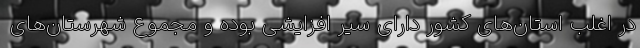
در اغلب استان‌های کشور دارای سیر افزایشی بوده و مجموع شهرستان‌های